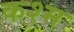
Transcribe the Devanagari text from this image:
कश्म